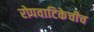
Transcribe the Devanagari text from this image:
रोपवाटिकेचीच